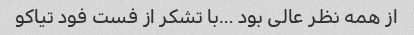
از همه نظر عالی بود …با تشکر از فست فود تیاکو